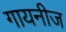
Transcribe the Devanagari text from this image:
गायनीज